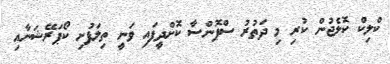
ކްލިކް ކޮލެޖުން ކުރި މި ދަތުރު ސްޕޮންސާ ކޮށްދީފައި ވަނީ ތިލަފުށި ކޯޕަރޭޝަނާއި